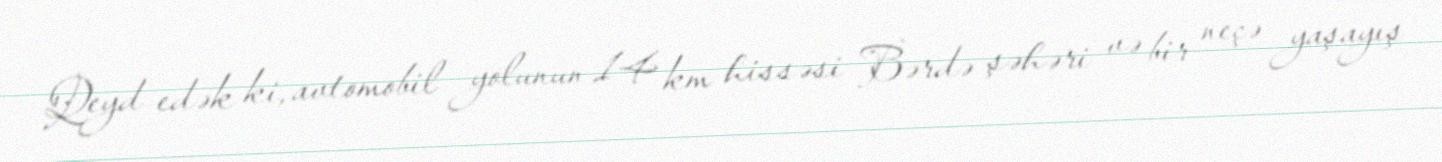
Qeyd edək ki, avtomobil yolunun 14 km hissəsi Bərdə şəhəri və bir neçə yaşayış